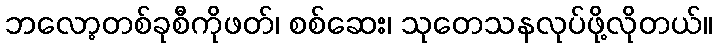
ဘလော့တစ်ခုစီကိုဖတ်၊ စစ်ဆေး၊ သုတေသနလုပ်ဖို့လိုတယ်။